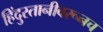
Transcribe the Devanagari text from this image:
हिंदुस्तानीवरूनच